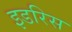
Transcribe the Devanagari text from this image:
इडरिस